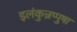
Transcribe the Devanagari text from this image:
इलंकुन्नप्पुष़ा